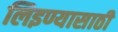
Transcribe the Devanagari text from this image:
लिइण्यासाठी